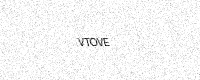
Text: VTOVE